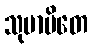
သုမာပိတေ